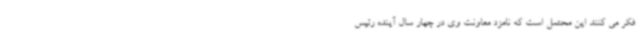
فکر می کنند این محتمل است که نامزد معاونت وی در چهار سال آینده رئیس